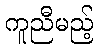
ကူညီမည့်